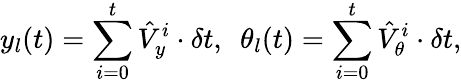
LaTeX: y_{l}(t)=\sum_{i=0}^{t}\hat{V}_{y}^{i}\cdot\delta t,\enspace\theta_{l}(t)=\sum_{i=0}^{t}\hat{V}_{\theta}^{i}\cdot\delta t,